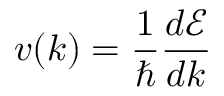
v ( k ) = { \frac { 1 } { \hbar } } { \frac { d { \mathcal { E } } } { d k } }